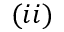
( i i )